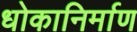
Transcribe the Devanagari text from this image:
धोकानिर्माण